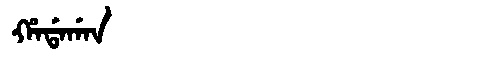
Manchu: ᡥᠠᡩᠠᡤᠠᠨ
Romanization: HADAGAN